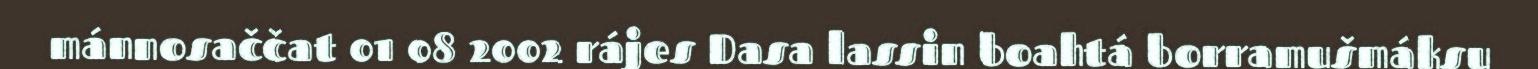
mánnosaččat 01 08 2002 rájes Dasa lassin boahtá borramušmáksu